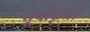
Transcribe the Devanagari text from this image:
सूर्याकृती